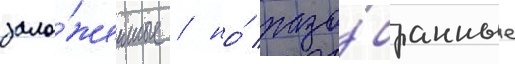
зало́женные / но́ разо́бранные